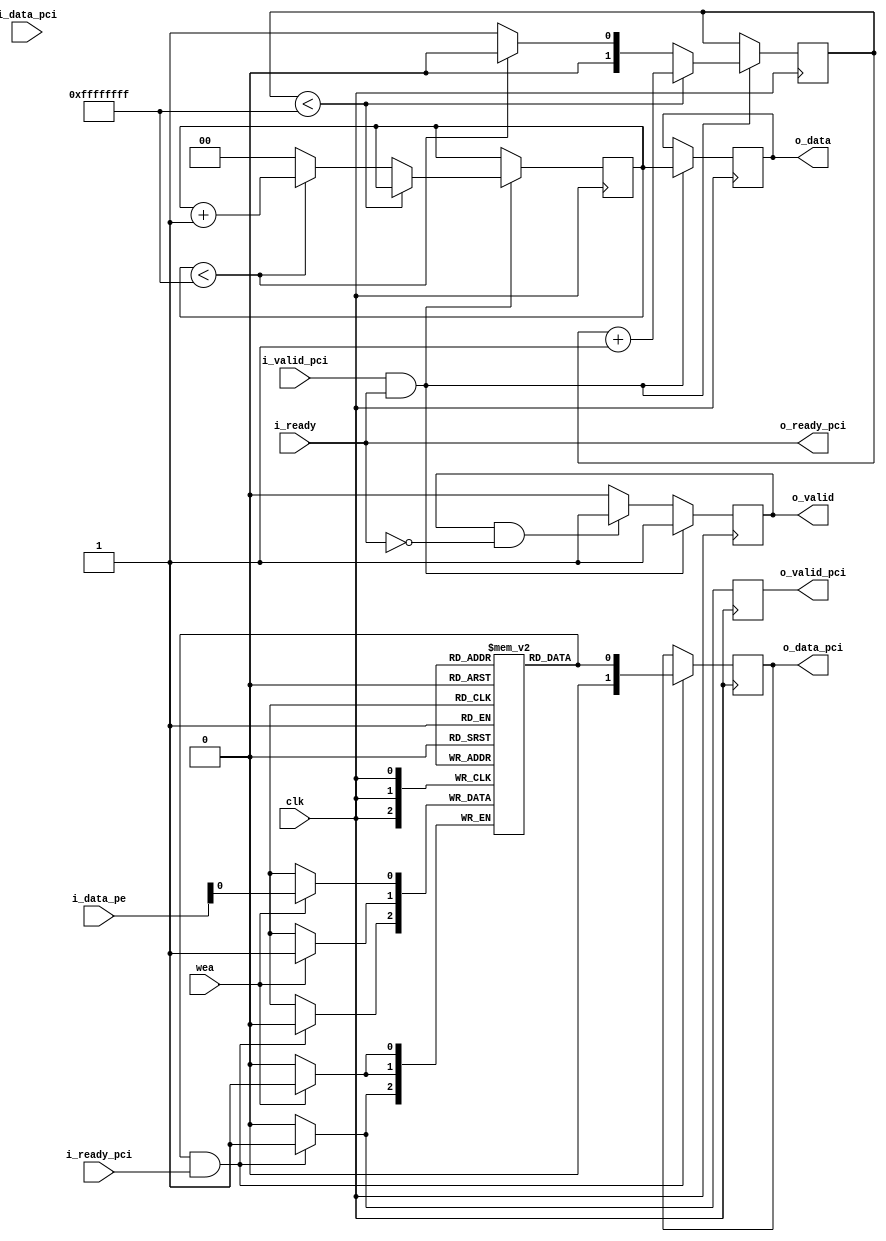

module scheduler #(parameter X=0,Y=0,total_width=0,x_size=0,y_size=0,pck_num=0,data_width=0)(
input            clk,
// PCI - Scheduler interface 
input            i_valid_pci,
input [data_width-1:0]    i_data_pci,
output           o_ready_pci,
// From scheduler to PCI
output reg [data_width-1:0] o_data_pci,
output reg o_valid_pci,
input i_ready_pci,
//Scheduler-NOC interfaces
input i_ready,
output reg o_valid,
output reg [total_width-1:0] o_data,
//from NOC to Schedler
input wea,
input [total_width-1:0] i_data_pe
//output o_ready_pe
);

reg [pck_num-1:0]rd_addr;
wire [pck_num-1:0] wr_addr;
reg [x_size-1:0] x_coord;
reg [y_size-1:0] y_coord;
reg [pck_num-1:0] pck_no;
wire valid_flag;



reg [data_width:0] my_mem [(2**pck_num)-1:0];

initial
begin
  x_coord = 'd0;
  y_coord = 'd1;
  pck_no = 'd0;
  rd_addr<='d0;
end


always @(posedge clk)
begin
    if(i_valid_pci & o_ready_pci)
    begin
        o_data[total_width-1:y_size+x_size+pck_num]<=i_data_pci;
        o_data[x_size+y_size+pck_num-1:y_size+x_size]<=pck_no;
        o_data[x_size+y_size-1:x_size]<=y_coord;
        o_data[x_size-1:0]<=x_coord;
        o_valid<=1'b1;
        pck_no<=pck_no+1;
        if(y_coord < Y-1)
        begin
           y_coord<=y_coord+1;
        end
        else
        begin
            if(x_coord < X-1)
            begin
              x_coord <= x_coord+1;
              y_coord<='b0;
            end
            else
            begin
              x_coord <= 'd0;
              y_coord <= 'd1;   
            end
        end      
    end
    else if(o_valid & !i_ready)
    begin
        o_valid <= 1'b1;
    end
    else
    begin
        o_valid <= 1'b0;
    end
end

assign o_ready_pci = i_ready;
assign valid_flag = my_mem[rd_addr][data_width];
assign wr_addr = i_data_pe[x_size+y_size+pck_num-1:y_size+x_size];

always@(posedge clk)
begin
    if(wea)
    begin 
        my_mem[wr_addr]<=i_data_pe[total_width-1:y_size+x_size+pck_num];
        my_mem[wr_addr][data_width]<=1'b1;
    end
    if(valid_flag & i_ready_pci )
    begin
       my_mem[rd_addr][data_width]<=1'b0;
    end       
end

always@(posedge clk)
 begin
  if(valid_flag & i_ready_pci )
   begin
     o_data_pci <=my_mem[rd_addr];
     o_valid_pci<=1'b1;
     rd_addr<=rd_addr+1;
   end
  else 
   begin
     o_valid_pci<=1'b0;
   end   
 end
 

endmodule